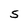
Character: S